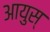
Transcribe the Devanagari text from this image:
आयुस्‌